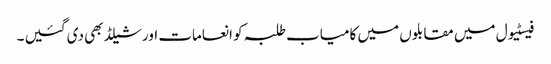
فیسٹیول میں مقابلوں میں کامیاب طلبہ کو انعامات اور شیلڈ بھی دی گئیں ۔